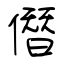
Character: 僭